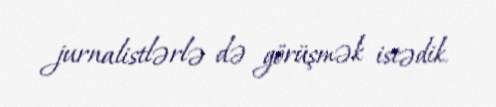
jurnalistlərlə də görüşmək istədik.